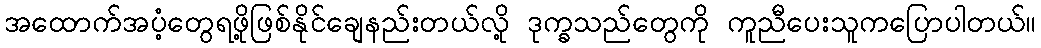
အထောက်အပံ့တွေရဖို့ဖြစ်နိုင်ချေနည်းတယ်လို့ ဒုက္ခသည်တွေကို ကူညီပေးသူကပြောပါတယ်။